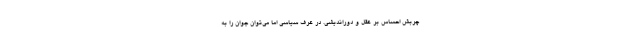
چربش احساس بر عقل و دوراندیشی. در عرف سیاسی اما می‌توان جوان را به